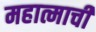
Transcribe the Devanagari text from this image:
महात्माची